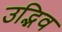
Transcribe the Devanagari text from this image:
उद्भिव